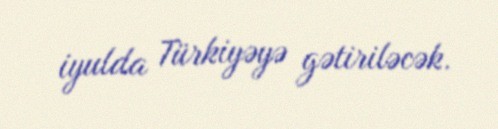
iyulda Türkiyəyə gətiriləcək.